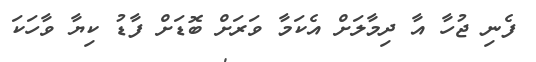
ފެނި ޖުހާ އާ ދިމާލަށް އެކަމާ ވަރަށް ބޮޑަށް ފާޑު ކިޔާ ވާހަކަ